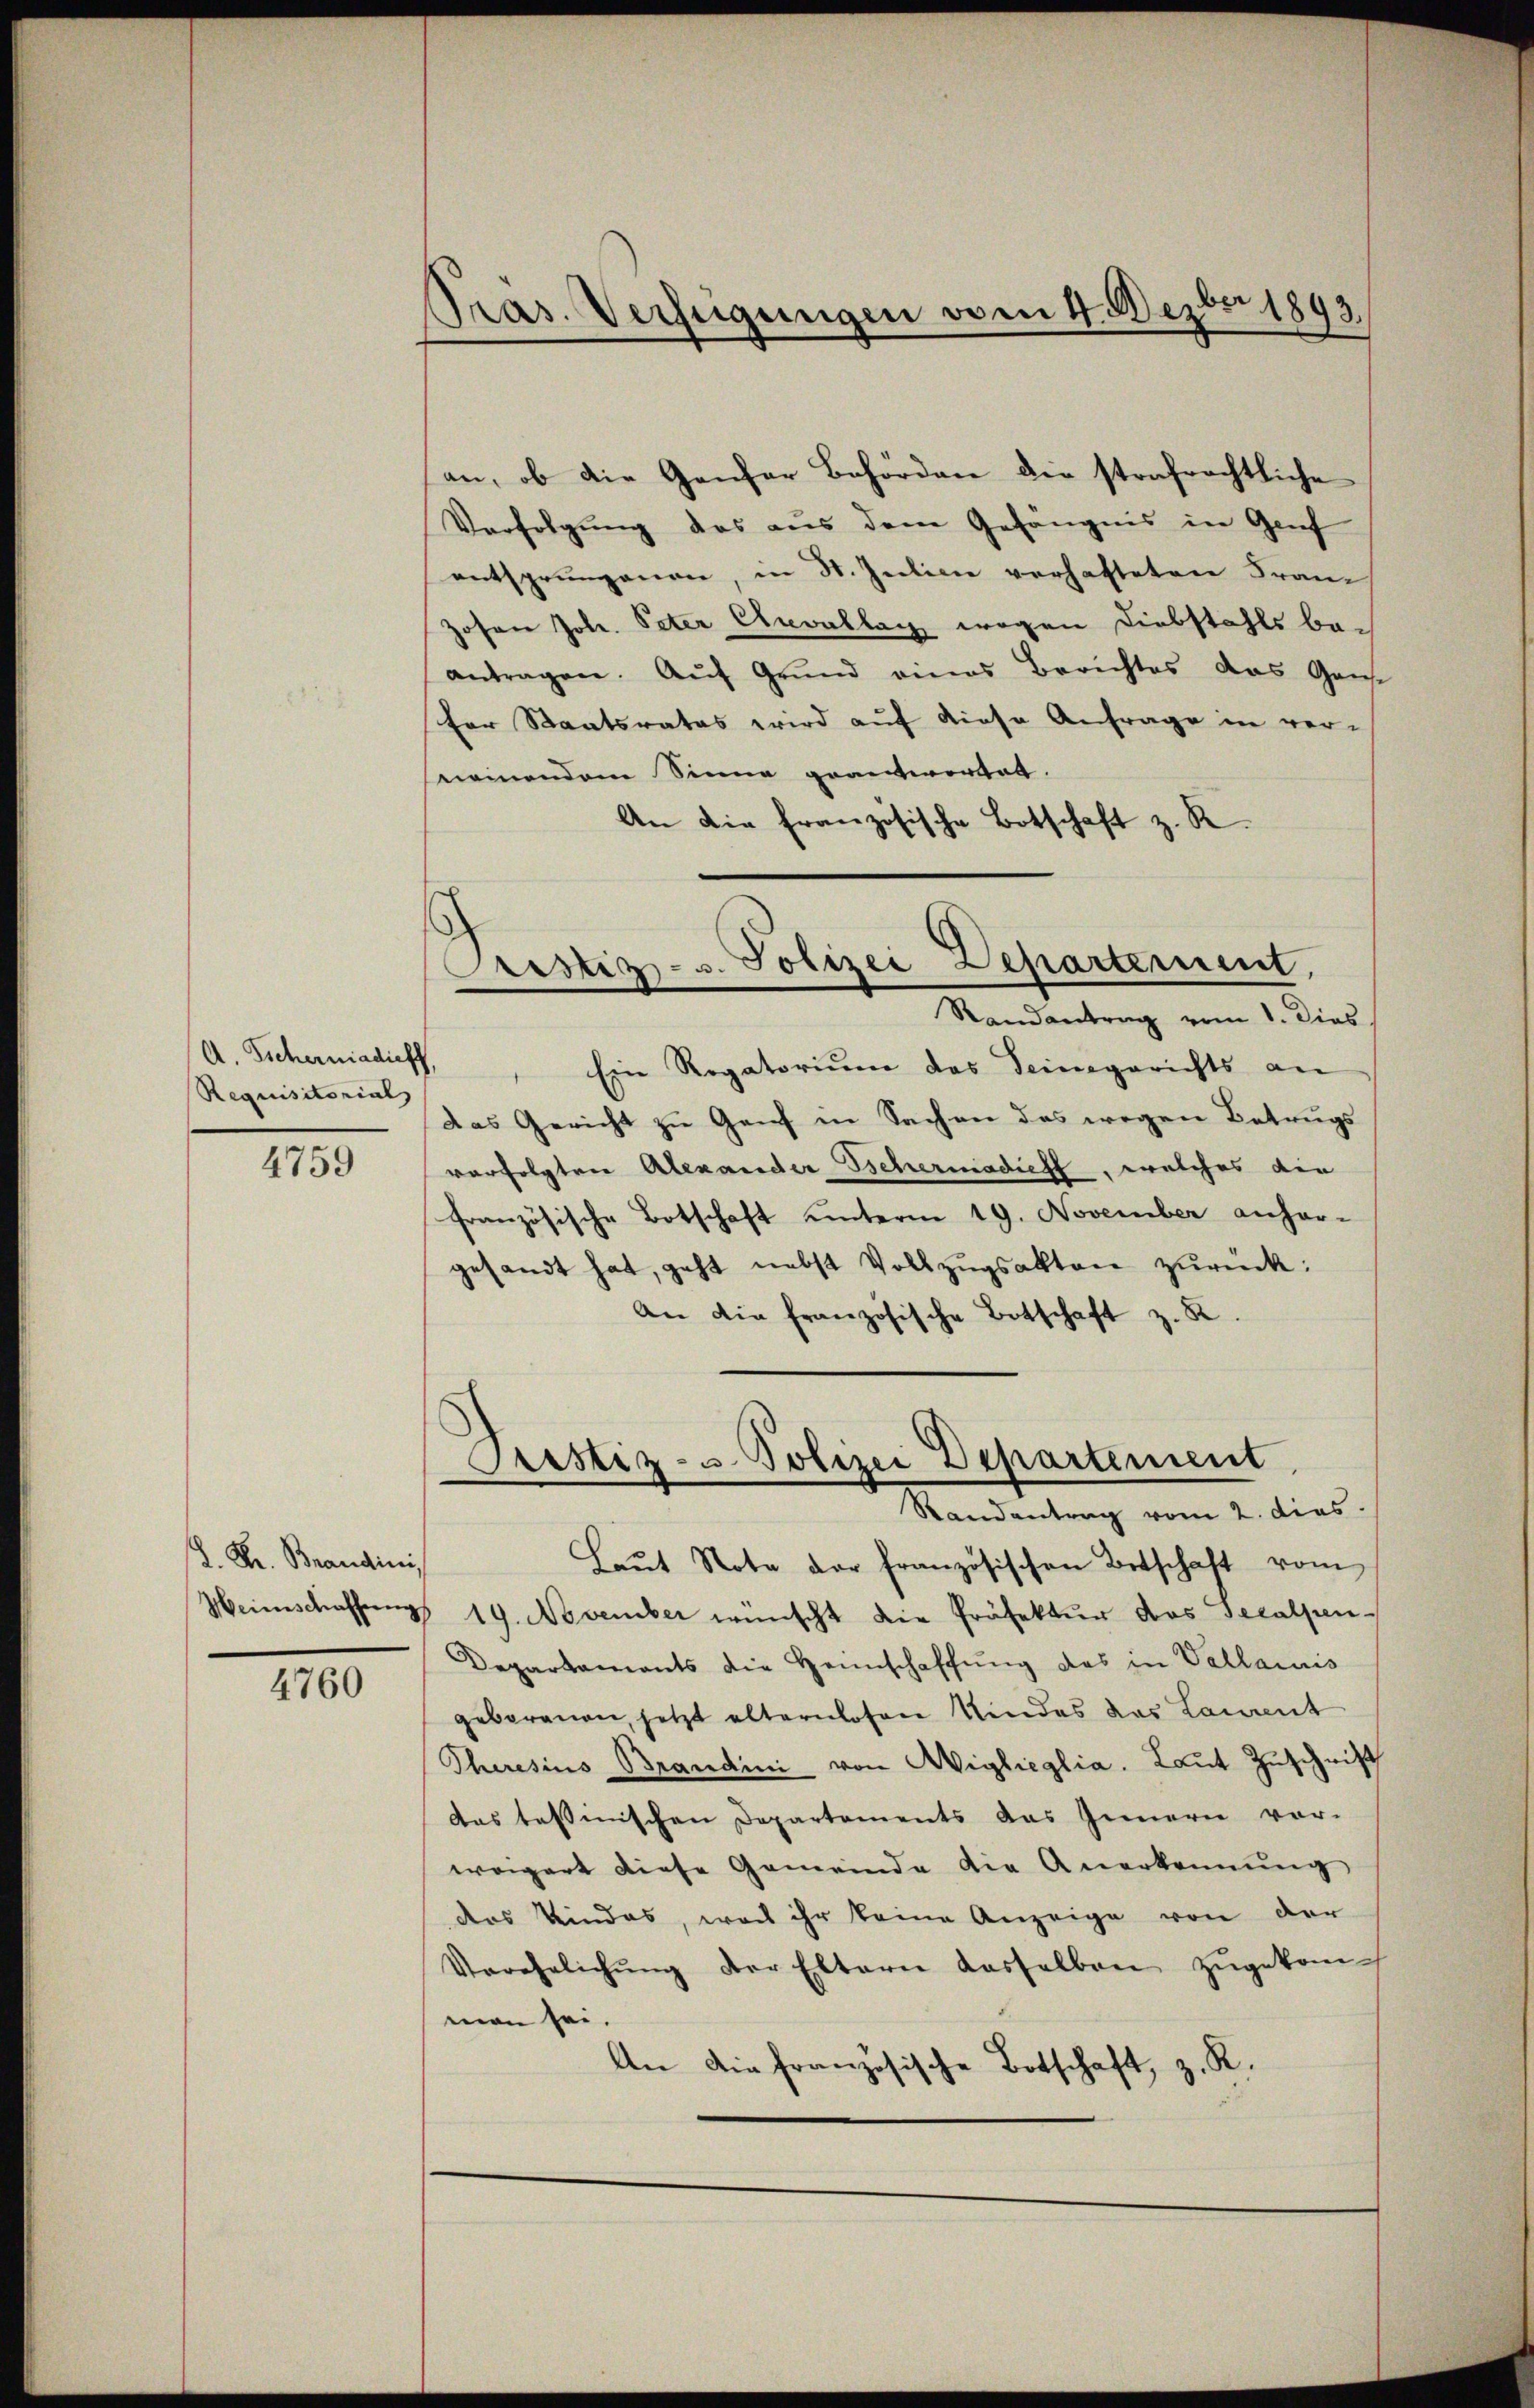
A. Sicherniadich,
Requisitorial

4759

H. Kr. Brandini
Weinschaffung

4760

Pras. Verfügungen vom 4. Dezbr 1893

Lerstiz- u. Polizei Departement,
Randantrag vom 1. Dies

an, ob die Genfer Behörden die strafrechtliche
Verfolgung das aus dem Gefängnis in Genf
entsprungenen, in St. Intici verhafteten Fran-
Hohen Joh. Peter Einvallag wegen Diebstahls beantragen. Aŭf Grund eines Berichtes das Gant-
fer Staatsrates wird auf diese Anfrage in ver-
seinendem Sinne geantwortet.
An die französische Botschaft z. R.
Ein Regatorium das Seinegerichts an
das Gericht zu Genf in Sachen das wegen Betrugs
verfolgten Alexander Behermadieht, welches die
französische Botschaft unterm 19. November anhar-
gesandt hat, geht nebst Vollzŭgsakten zurück:
An die französische Botschaft z. R.
Prestiz- u Polizei Departement
Randantrag vom 2. dies
Laŭt Note der französischen Betschaft vom
19. November wünscht die Präfektur das Secalpen-
Departaments die Heimschaffung des in Vallaris
geborenen, jetzt alternlosen Kindes das Laurent
Theresius Brandini von Aigleglia. Laut Zuschrift
des tessinischen Departements das Innern vor-
weigert diese Gemeinde die Anerkennung
das Kindes, was ihr keine Anzeige von der
Verehelichŭng der Eltern dasselben zŭgekom-
man sei.
An die französische Botschaft, z. R.